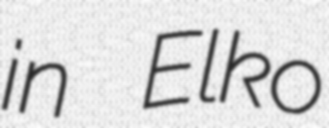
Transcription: in Elko